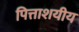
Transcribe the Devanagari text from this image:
पित्ताशयीय